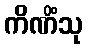
ကိဏိံသု